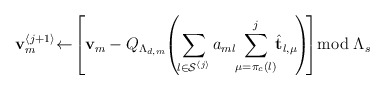
\begin{align*}\mathbf{v}_{m}^{\left\langle j+1\right\rangle }\negmedspace\gets\negmedspace\left[\mathbf{v}_{m}-Q_{\Lambda_{d,m}}\negmedspace\left(\negthinspace\sum_{l\in\mathcal{S}^{\left\langle j\right\rangle }}a_{ml}\negmedspace\sum_{\mu=\pi_{c}\left(l\right)}^{j}\negmedspace\hat{\mathbf{t}}_{l,\mu}\negthinspace\right)\negthinspace\right]\negthickspace\bmod\Lambda_{s}\end{align*}